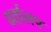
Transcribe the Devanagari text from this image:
वर्तालप